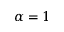
\alpha = 1